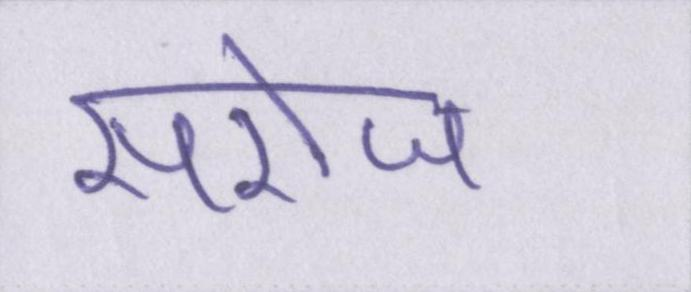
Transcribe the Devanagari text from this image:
सरोज